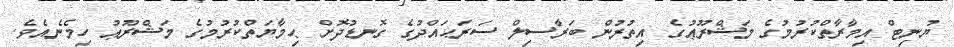
ޔުނިޓް އިމާރާތްކުރުމުގެ މަޝްރޫޢުގެ އިތުރުން ބަރާސިލް ސަރަޙައްދުގެ ގޮނޑުދޮށް ޙިމާޔަތްކުރުމުގެ މަޝްރޫޢު ހިމެނެއެވެ.